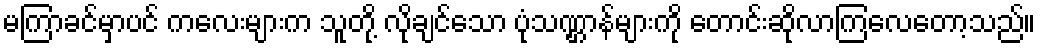
မကြာခင်မှာပင် ကလေးများက သူတို့ လိုချင်သော ပုံသဏ္ဌာန်များကို တောင်းဆိုလာကြလေတော့သည်။